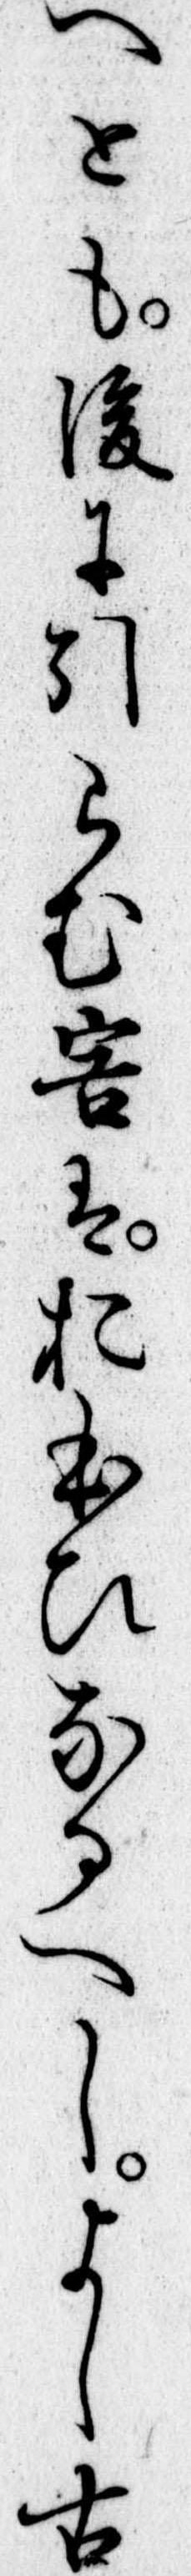
へとも後に引らむ害はおほひなるへしよし古